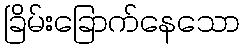
ခြိမ်းခြောက်နေသော